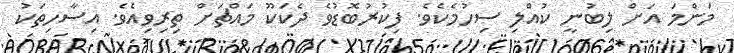
މަންމަ އަށް ލިބުނީ ކުއްލި ސިހުމެކެވެ. ފިކުރުބޮޑުވެ ދެކަކޫ މައްޗަށް ތިރިވިއެވެ. އިސާހިތަކު